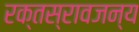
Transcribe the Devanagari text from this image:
रक्तस्रावजन्य